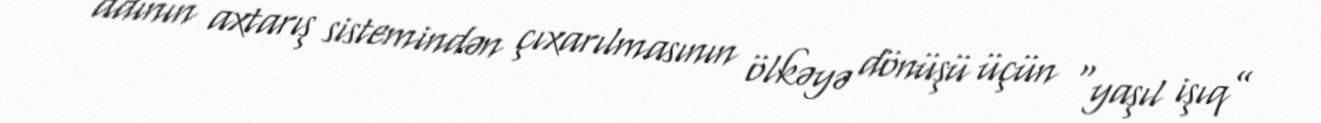
adının axtarış sistemindən çıxarılmasının ölkəyə dönüşü üçün “yaşıl işıq”